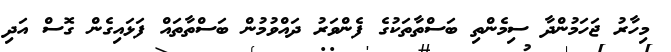
މިހާރު ޖަހަމުންދާ ސިމެންތި ބަސްތާތަކުގެ ފެންވަރު ދައްވުމުން ބަސްތާތައް ފަޅައިގެން ގޮސް އަދި